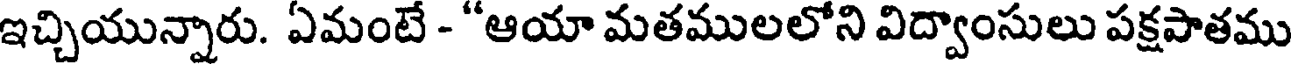
ఇచ్చియున్నారు. ఏమంటే - "ఆయా మతములలోని విద్వాంసులు పక్షపాతము